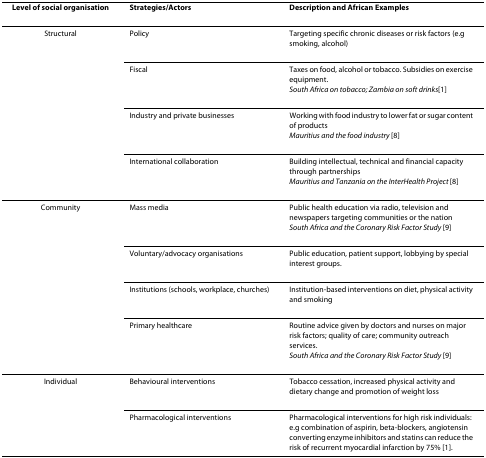
| Level of social organisation | Strategies/Actors | Description and African Examples |
 | --- | --- | --- |
 | Structural | Policy | Targeting specific chronic diseases or risk factors (e.g smoking, alcohol) |
 |  | Fiscal | Taxes on food, alcohol or tobacco. Subsidies on exercise equipment.South Africa on tobacco; Zambia on soft drinks[1] |
 |  | Industry and private businesses | Working with food industry to lower fat or sugar content of productsMauritius and the food industry [8] |
 |  | International collaboration | Building intellectual, technical and financial capacity through partnershipsMauritius and Tanzania on the InterHealth Project [8] |
 | Community | Mass media | Public health education via radio, television and newspapers targeting communities or the nationSouth Africa and the Coronary Risk Factor Study [9] |
 |  | Voluntary/advocacy organisations | Public education, patient support, lobbying by special interest groups. |
 |  | Institutions (schools, workplace, churches) | Institution-based interventions on diet, physical activity and smoking |
 |  | Primary healthcare | Routine advice given by doctors and nurses on major risk factors; quality of care; community outreach services.South Africa and the Coronary Risk Factor Study [9] |
 | Individual | Behavioural interventions | Tobacco cessation, increased physical activity and dietary change and promotion of weight loss |
 |  | Pharmacological interventions | Pharmacological interventions for high risk individuals: e.g combination of aspirin, beta-blockers, angiotensin converting enzyme inhibitors and statins can reduce the risk of recurrent myocardial infarction by 75% [1]. |